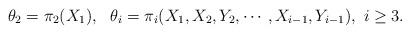
LaTeX: \begin{align*}\theta_2=\pi_2(X_1),\ \ \theta_i=\pi_i(X_1,X_2,Y_2,\cdots,X_{i-1},Y_{i-1}),~i\geq3.\end{align*}